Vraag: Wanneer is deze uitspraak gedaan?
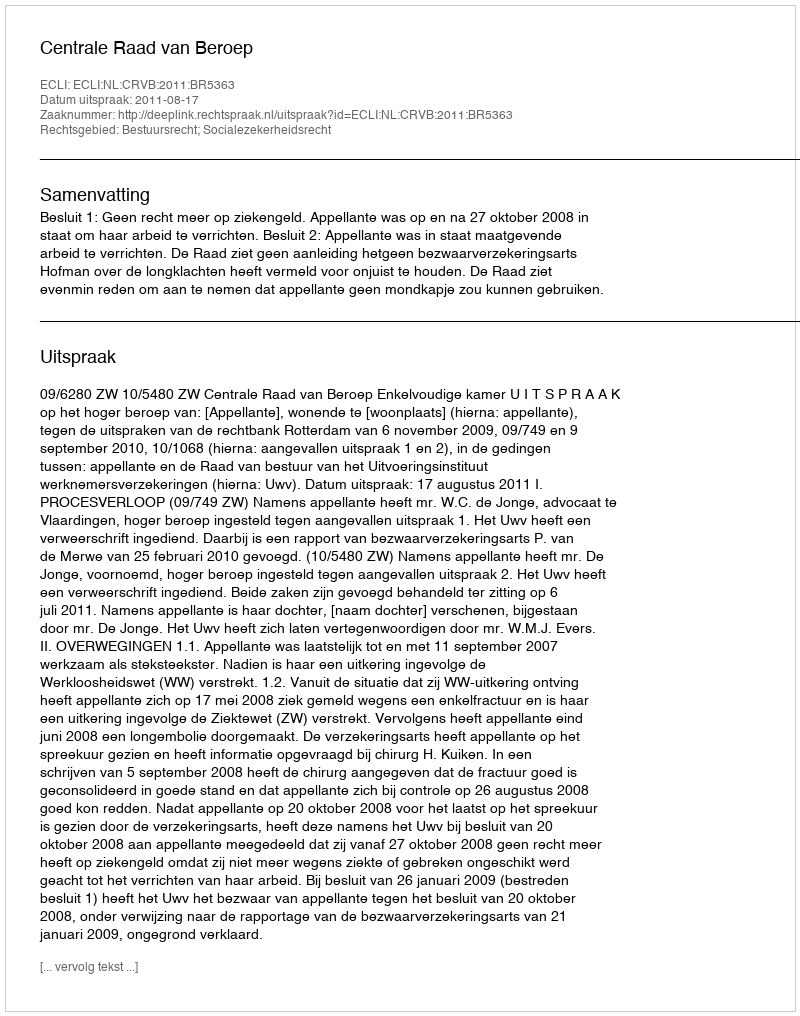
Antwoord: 2011-08-17